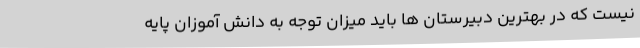
نیست که در بهترین دبیرستان ها باید میزان توجه به دانش آموزان پایه